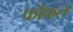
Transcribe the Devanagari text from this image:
फौकल